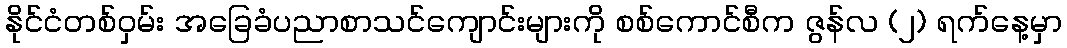
နိုင်ငံတစ်ဝှမ်း အခြေခံပညာစာသင်ကျောင်းများကို စစ်ကောင်စီက ဇွန်လ (၂) ရက်နေ့မှာ